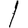
Digit: 1